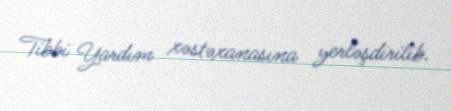
Tibbi Yardım xəstəxanasına yerləşdirilib.